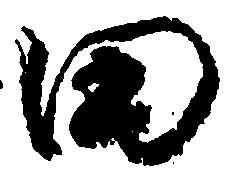
田